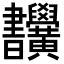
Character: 𣍜